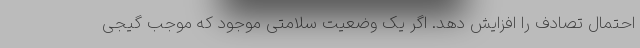
احتمال تصادف را افزایش دهد. اگر یک وضعیت سلامتی موجود که موجب گیجی